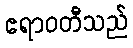
ဧရာဝတီသည်